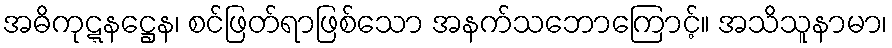
အဓိကုဋ္ဋနဋ္ဌေန၊ စင်ဖြတ်ရာဖြစ်သော အနက်သဘောကြောင့်။ အသိသူနာမာ၊